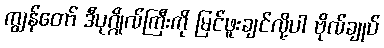
ကျွန်တော် ဒီပုဂ္ဂိုလ်ကြီးကို မြင်ဖူးချင်လို့ပါ ဗိုလ်ချုပ်